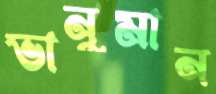
ভানুমান